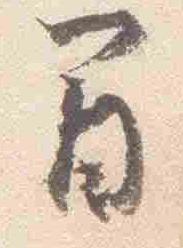
間